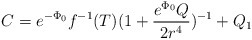
\begin{align*}C=e^{-\Phi_{0}}f^{-1}(T)(1+\frac{e^{\Phi_{0}}Q}{2r^{4}})^{-1}+Q_{1}\end{align*}